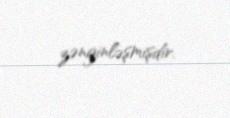
zənginləşmişdir.